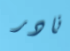
نادر